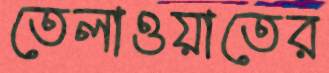
তেলাওয়াতের